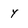
Character: y